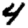
Digit: 4